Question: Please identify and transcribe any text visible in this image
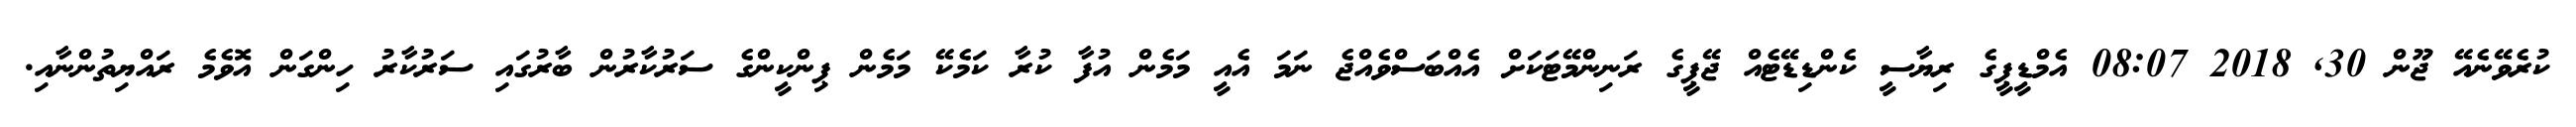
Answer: ކުރެވޭނެއޭ ޖޫން 30, 2018 08:07 އެމްޑީޕީގެ ރިޔާސީ ކެންޑިޑޭޓެއް ޖޭޕީގެ ރަނިންމޭޓަކަށް އެއްބަސްވެއްޖެ ނަމަ އެއީ މަމެން އުފާ ކުރާ ކަމެކޭ މަމެން ޕިންކީންގެ ސަރުކާރުން ބާރުގައި ސަރުކާރު ހިންގަން އޮވެމެ ރައްޔިތުންނާއި.